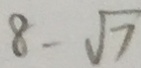
8 - \sqrt { 7 }